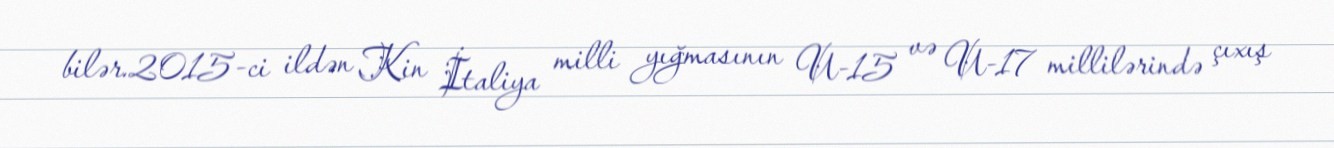
bilər.2015-ci ildən Kin İtaliya milli yığmasının U-15 və U-17 millilərində çıxış